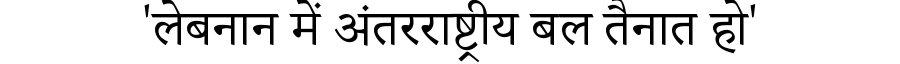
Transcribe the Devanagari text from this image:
'लेबनान में अंतरराष्ट्रीय बल तैनात हो'